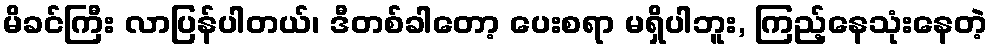
မိခင်ကြီး လာပြန်ပါတယ်၊ ဒီတစ်ခါတော့ ပေးစရာ မရှိပါဘူး, ကြည့်နေသုံးနေတဲ့